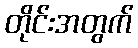
တိုင်းအတွက်